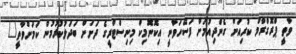
ވާތީ ޕްރޮގްރާމް ކުރިއަށް ގެންދިއުމަށް ފަސޭހަވާނީ އިކޮނޮމިކް މިނިސްޓްރީގެ ދަށަށް ބަދަލުކުުރުމުން ކަމަށްވާތީ"